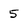
Character: 5